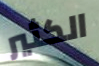
الكثير